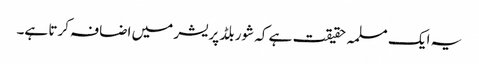
یہ ایک مسلمہ حقیقت ہے کہ شور بلڈ پریشر میں اضافہ کرتا ہے۔